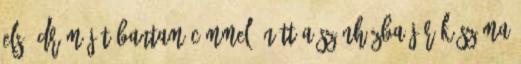
első drámáját Bantam címmel. Nőtt a színházba járók száma